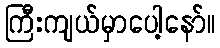
ကြီးကျယ်မှာပေါ့နော်။